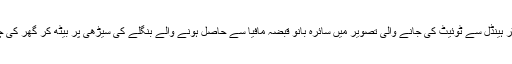
دلیپ کمار کے ٹوئٹر ہینڈل سے ٹوئیٹ کی جانے والی تصویر میں سائرہ بانو قبضہ مافیا سے حاصل ہونے والے بنگلے کی سیڑھی پر بیٹھ کر گھر کی چابیاں دکھا رہی ہیں۔